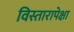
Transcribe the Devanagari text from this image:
विस्तारापेक्षा